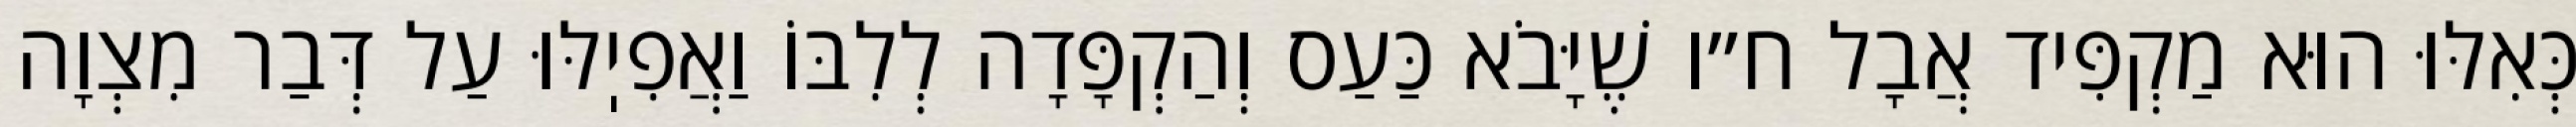
כְּאִלּוּ הוּא מַקְפִּיד אֲבָל ח״ו שֶׁיָּבֹא כַּעַס וְהַקְפָּדָה לְלִבּוֹ וַאֲפִיֽלּוּ עַל דְּבַר מִצְוָה